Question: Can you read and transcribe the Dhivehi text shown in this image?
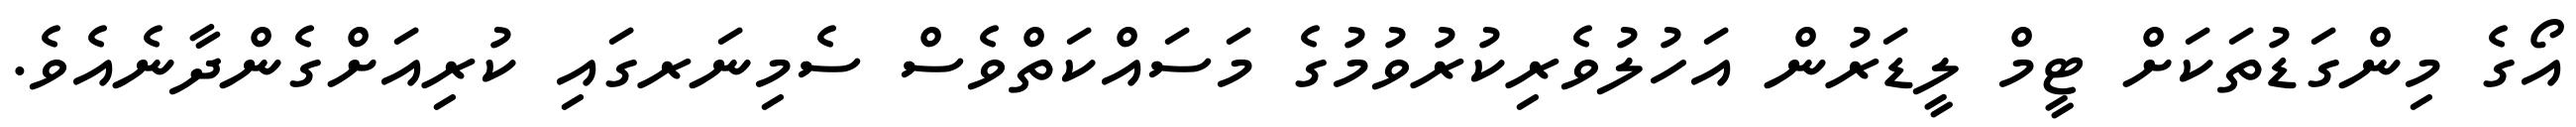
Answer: އޯގެ މިންގަޑުތަކަށް ޓީމް ލީޑަރުން އަހުލުވެރިކުރުވުމުގެ މަސައްކަތްވެސް ސެމިނަރގައި ކުރިއަށްގެންދާނެއެވެ.